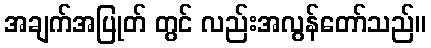
အချက်အပြုတ် တွင် လည်းအလွန်တော်သည်။